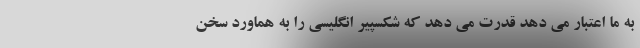
به ما اعتبار می دهد قدرت می دهد که شکسپیر انگلیسی را به هماورد سخن